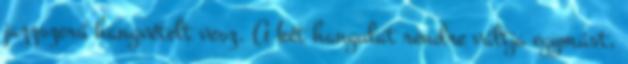
jazzszerű hangvételt vesz. A két hangulat rendre váltja egymást,